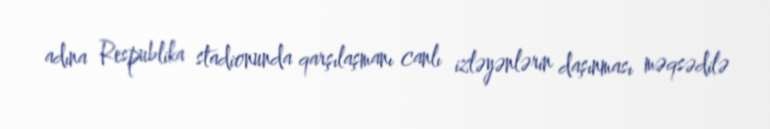
adına Respublika stadionunda qarşılaşmanı canlı izləyənlərin daşınması məqsədilə